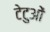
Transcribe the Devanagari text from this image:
टेटुओं